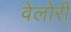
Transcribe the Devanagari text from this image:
वेलोरी